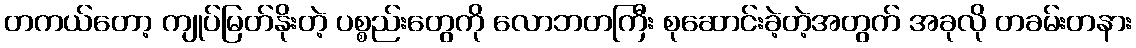
တကယ်တော့ ကျုပ်မြတ်နိုးတဲ့ ပစ္စည်းတွေကို လောဘတကြီး စုဆောင်းခဲ့တဲ့အတွက် အခုလို တခမ်းတနား